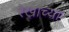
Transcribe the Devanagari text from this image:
रेखाच्या